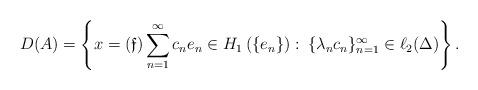
LaTeX: \begin{align*} D(A)=\left\{x= (\mathfrak{f})\sum\limits_{n=1}^{\infty} c_n e_n \in H_1\left(\{e_n\}\right):\:\{\lambda_n c_n\}_{n=1}^{\infty}\in \ell_2(\Delta)\right\}.\end{align*}